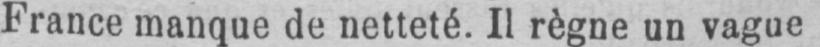
France manque de netteté. Il règne un vague